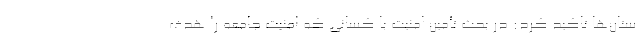
ستان‌ها تاکید کرد: در بحث تأمین امنیت با کسانی که امنیت جامعه را هدف